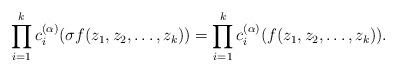
LaTeX: \begin{gather*} \prod _{i=1}^{k}c^{(\alpha)}_{i}(\sigma f(z_{1},z_{2},\dots,z_{k}))= \prod _{i=1}^{k}c^{(\alpha)}_{i}(f(z_{1},z_{2},\dots,z_{k})).\end{gather*}